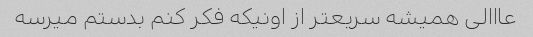
عااالى همیشه سریعتر از اونیکه فکر کنم بدستم میرسه